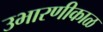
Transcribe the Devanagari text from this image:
उभारणीकाळ